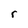
Character: r